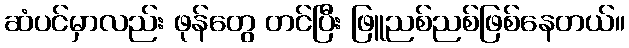
ဆံပင်မှာလည်း ဖုန်တွေ တင်ပြီး ဖြူညစ်ညစ်ဖြစ်နေတယ်။